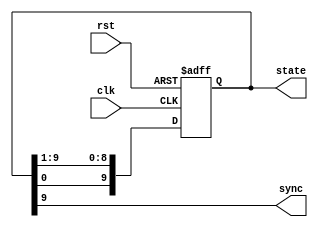
//////////////////////////////////////////////////////////////////////
////                                                              ////
////  SMII                                                        ////
////                                                              ////
////  Description                                                 ////
////  Low pin count serial MII ethernet interface                 ////
////                                                              ////
////  To Do:                                                      ////
////   -                                                          ////
////                                                              ////
////  Author(s):                                                  ////
////      - Michael Unneback, unneback@opencores.org              ////
////        ORSoC AB          michael.unneback@orsoc.se           ////
////                                                              ////
//////////////////////////////////////////////////////////////////////
////                                                              ////
//// Copyright (C) 2009 Authors and OPENCORES.ORG                 ////
////                                                              ////
//// This source file may be used and distributed without         ////
//// restriction provided that this copyright statement is not    ////
//// removed from the file and that any derivative work contains  ////
//// the original copyright notice and the associated disclaimer. ////
////                                                              ////
//// This source file is free software; you can redistribute it   ////
//// and/or modify it under the terms of the GNU Lesser General   ////
//// Public License as published by the Free Software Foundation; ////
//// either version 2.1 of the License, or (at your option) any   ////
//// later version.                                               ////
////                                                              ////
//// This source is distributed in the hope that it will be       ////
//// useful, but WITHOUT ANY WARRANTY; without even the implied   ////
//// warranty of MERCHANTABILITY or FITNESS FOR A PARTICULAR      ////
//// PURPOSE.  See the GNU Lesser General Public License for more ////
//// details.                                                     ////
////                                                              ////
//// You should have received a copy of the GNU Lesser General    ////
//// Public License along with this source; if not, download it   ////
//// from http://www.opencores.org/lgpl.shtml                     ////
////                                                              ////
//////////////////////////////////////////////////////////////////////
module smii_sync
  (
   // SMII sync
    output            sync,
   // internal
    output reg [1:10] state,
   // clock amd reset
    input 	      clk,
    input 	      rst
   );
   
   // sync shall go high every 10:th cycle
   always @ (posedge clk or posedge rst)
     if (rst)
       state <= 10'b0000000001;
     else
       state <= {state[10],state[1:9]};

   assign sync = state[1];
   
endmodule // smii_sync